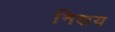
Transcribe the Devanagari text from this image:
निशय